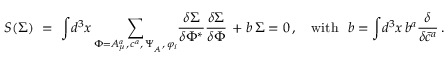
{ \cal S } ( \Sigma ) \, \, = \, \, \displaystyle { \int } d ^ { 3 } x \, \displaystyle { \sum _ { \Phi = A _ { \mu } ^ { a } , \, c ^ { a } , \, \Psi _ { _ A } , \, \varphi _ { i } } ^ { } } { \displaystyle { \frac { \delta \Sigma } { \delta \Phi ^ { * } } } } { \displaystyle { \frac { \delta \Sigma } { \delta \Phi } } } \, + b \, \Sigma = 0 \, , \quad \mathrm { w i t h ~ } \ b = \displaystyle { \int } d ^ { 3 } x \, b ^ { a } { { \displaystyle { \frac { \delta } { \delta \bar { c } ^ { a } } } } } \, .